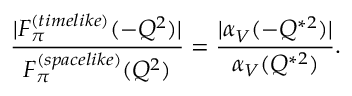
{ \frac { | F _ { \pi } ^ { ( t i m e l i k e ) } ( - Q ^ { 2 } ) | } { F _ { \pi } ^ { ( s p a c e l i k e ) } ( Q ^ { 2 } ) } } = { \frac { | \alpha _ { V } ( - Q ^ { * 2 } ) | } { \alpha _ { V } ( Q ^ { * 2 } ) } } .